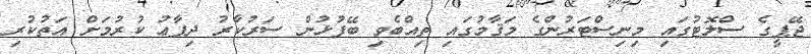
ޖޭޕީގެ ސްލޮޓުގައި މިނިސްޓަރުންގެ މަޤާމުގައި ތިއްބެވި ބޭފުޅުން ސަރުކާރު ދިފާޢު ކުރުމަށް އަތުކުރި